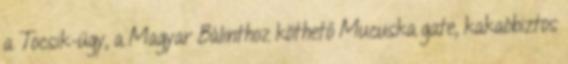
a Tocsik-ügy, a Magyar Bálinthoz köthető Mucuska gate, kakaóbiztos